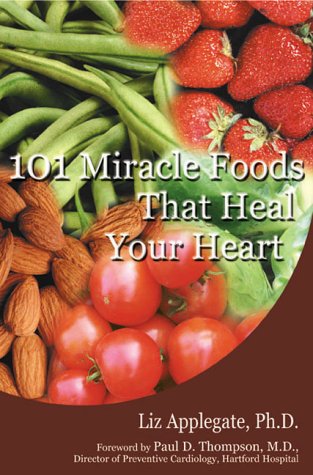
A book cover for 101 Miracle Foods That Heal Your Heart; Liz Applegate; Health, Fitness & Dieting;